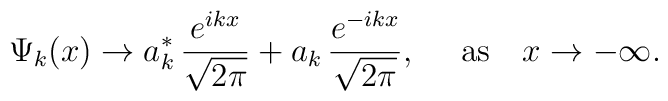
\Psi_k(x)\rightarrow a_k^*\,\frac{e^{ikx}}{\sqrt{2\pi}}+a_k\,\frac{e^{-ikx}}{\sqrt{2\pi}},~~~~\mbox{as}~~~x\rightarrow -\infty.